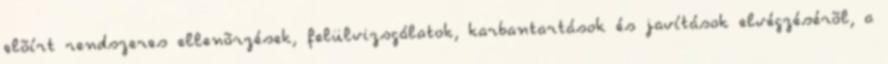
elõírt rendszeres ellenõrzések, felülvizsgálatok, karbantartások és javítások elvégzésérõl, a